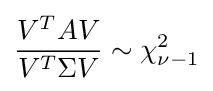
{\frac {V^{T}AV}{V^{T}\Sigma V}}\sim \chi _{\nu -1}^{2}